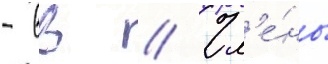
- вв // Чл'е́ны